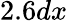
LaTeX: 2.6dx